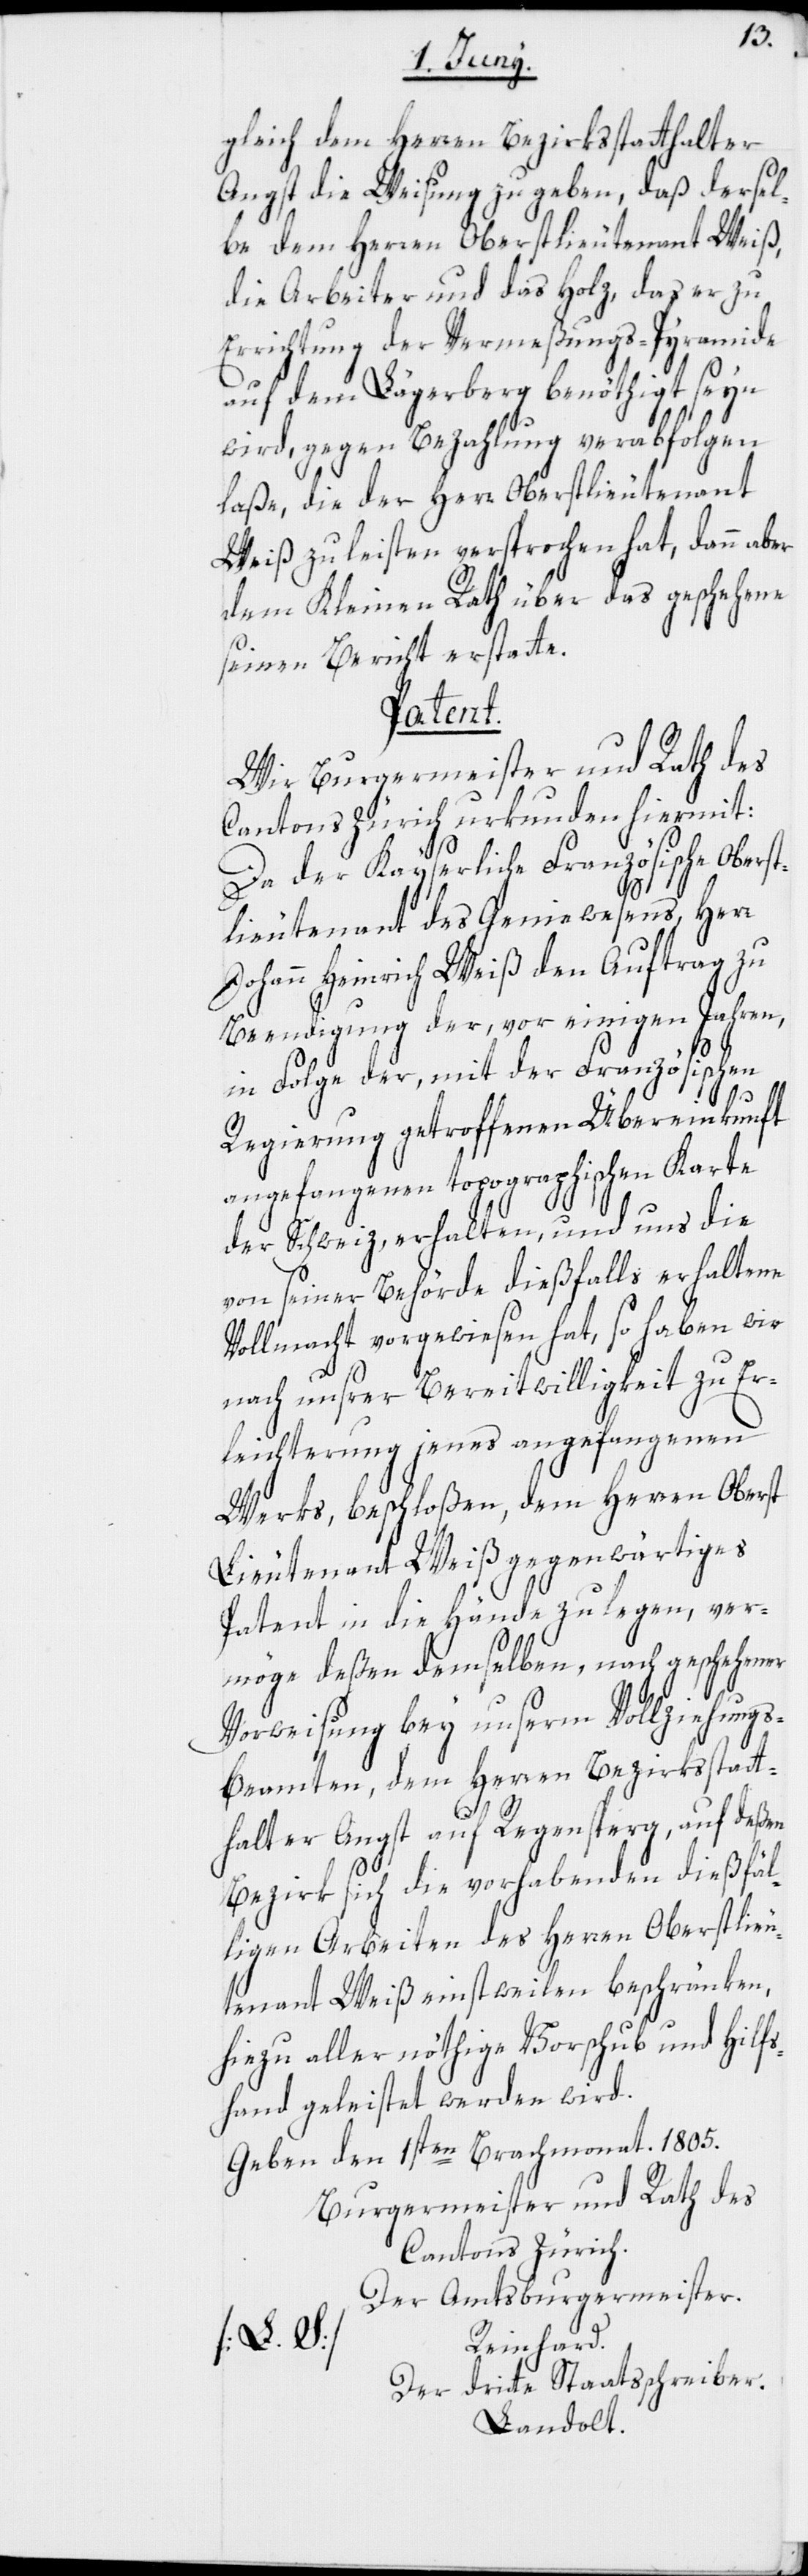
gleich dem Herren Bezirksstatthalter
Angst die Weisung zu geben, daß dersel¬
be dem Herren Oberstlieutenant Weiß,
die Arbeiter und das Holz, das er zu
Errichtung der Vermeßungs-Pyramide
auf dem Lägerberg benöthigt seyn
wird, gegen Bezahlung verabfolgen
laße, die der Herr Oberstlieutenant
Weiß zu leisten versprochen hat, dann aber
dem Kleinen Rath über das geschehene
seinen Bericht erstatte.
Patent.
Wir Burgermeister und Rath des
Cantons Zürich urkunden hiermit:
Da der Kayserliche Französische Oberst¬
lieutenant des Geniewesens, Herr
Johann Heinrich Weiß den Auftrag zu
Beendigung der, vor einigen Jahren,
in Folge der, mit der Französischen
Regierung getroffenen Übereinkunft
angefangenen topographischen Karte
der Schweiz, erhalten, und uns die
von seiner Behörde dießfalls erhaltene
Vollmacht vorgewiesen hat, so haben wir
nach unsrer Bereitwilligkeit zu Er¬
leichterung jenes angefangenen
Werks, beschloßen, dem Herren Oberst
Lieutenant Weiß gegenwärtiges
Patent in die Hände zu legen, ver¬
möge deßen demselben, nach geschehener
Vorweisung bey unserm Vollziehungs¬
beamten, dem Herren Bezirksstatt¬
halter Angst auf Regensperg, auf deßen
Bezirk sich die vorhabenden dießfäl¬
ligen Arbeiten des Herren Oberstlieu¬
tenant Weiß einstweilen beschränken,
hiezu aller nöthige Vorschub und Hilfs¬
hand geleistet werden wird.
Geben den 1sten Brachmonat 1805.
Burgermeister und Rath des
Cantons Zürich.
Der Amtsburgermeister.
[L. S.]
Reinhard.
Der dritte Staatsschreiber.
Landolt.